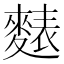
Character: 𪍊